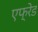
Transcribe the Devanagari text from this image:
एफ्रेड